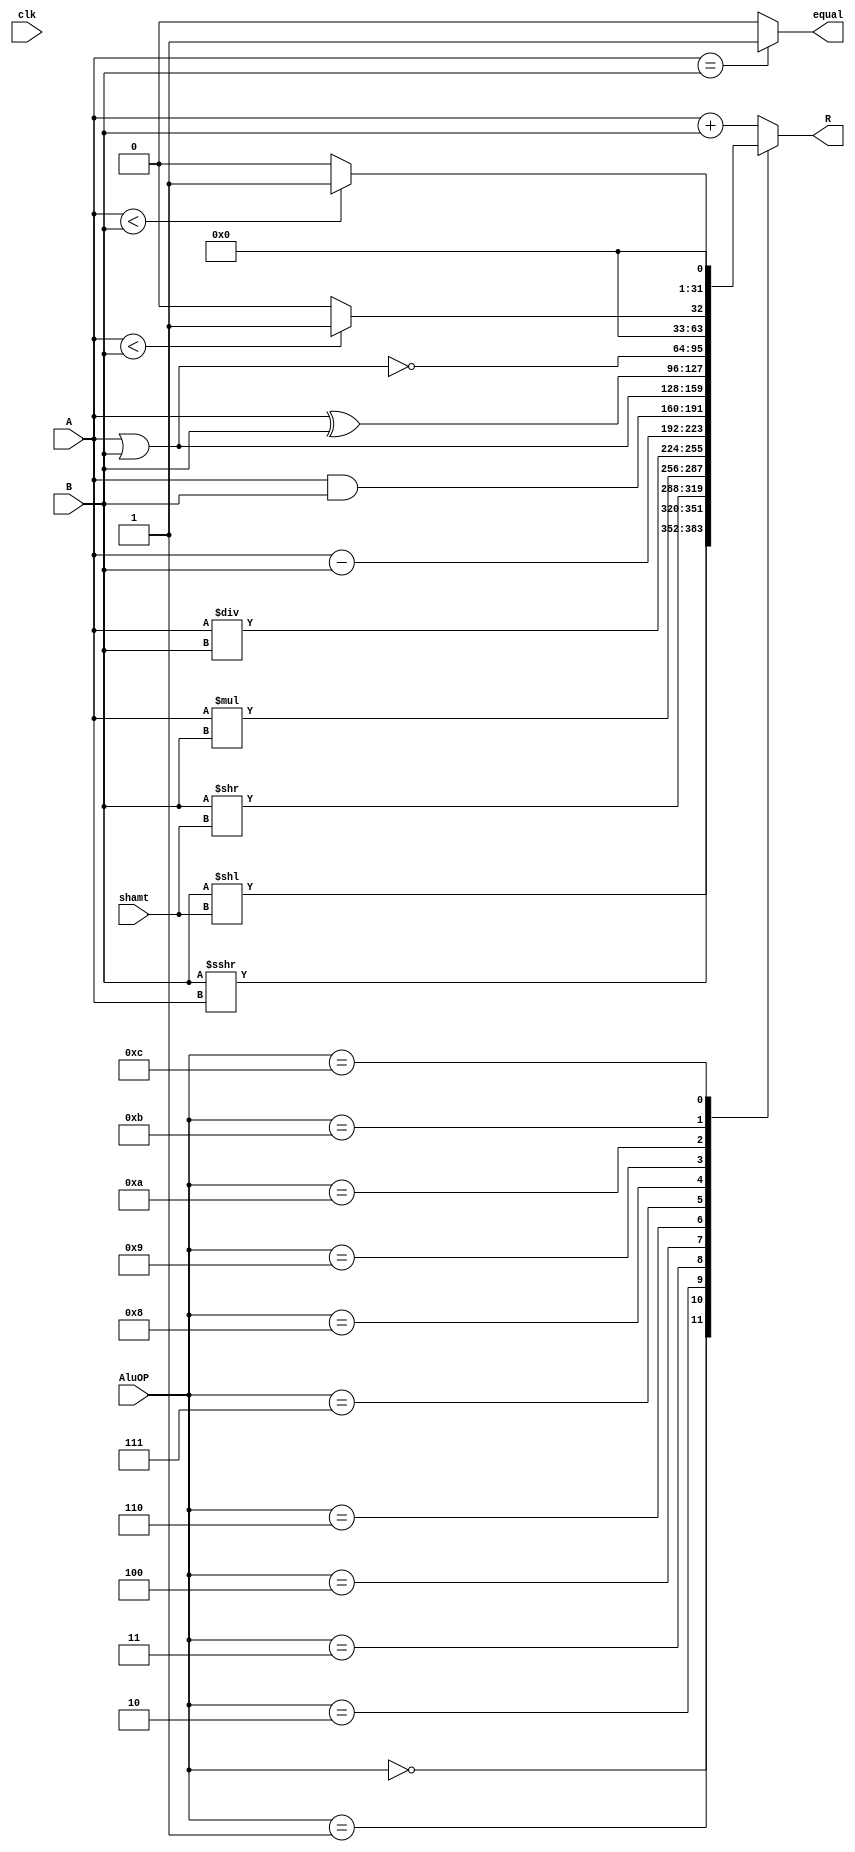
`timescale 1ns / 1ps
//////////////////////////////////////////////////////////////////////////////////
// Company: 
// Engineer: 
// 
// Design Name: 
// Module Name: ALU
// Project Name: 
// Target Devices: 
// Tool Versions: 
// Description: 
// 
// Dependencies: 
// 
// Revision:
// Revision 0.01 -&File Created
// Additional Comments:
// 
//////////////////////////////////////////////////////////////////////////////////


module ALU(
   input  [3:0]AluOP,
   input [31:0]A,
   input [31:0]B,
   input [4:0]shamt,
   input clk,
 // output wire equal,
  //output wire [31:0]R
  output  equal,
  output reg [31:0]R
    );
        initial begin
    R=0;
    end
    /*
    x=a,y=b;
    0000	0	Result = X << Y    Y  Result2=0
    0001	1	Result = X >>>Y   Y  Result2=0
    0010	2	Result = X >> Y    Y  Result2=0
    0011	3	Result = (X * Y)[31:0];  Result2 = (X * Y)[63:32] 
    0100	4	Result = X/Y;   Result2 = X%Y  
    0101	5	Result = X + Y    (Set&OF/UOF)
    0110	6	Result = X - Y    (Set&OF/UOF)
    0111	7	Result = X & Y   
    1000	8	Result = X | Y    
    1001	9	Result = X?Y    
    1010	10	Result =&~(X |Y)  
    1011	11	Result = (X < Y) ? 1 : 0 
    1100	12	Result = (X < Y) ? 1 : 0 
    */
    wire signed[31:0]a;
    wire signed[31:0]b;
    assign equal=(A==B)?1:0;
    
    /*
        assign R = (AluOP==4'b0000)?A<<B:0;
    assign R = (AluOP==4'b0001)?A>>>B:0;
    assign R = (AluOP==4'b0010)?A>>B:0;
    assign R = (AluOP==4'b0011)?A*B:0;
    assign R = (AluOP==4'b0100)?A/B:0;
    assign R = (AluOP==4'b0101)?(A+B):0;
    assign R = (AluOP==4'b0110)?A-B:0;
    assign R = (AluOP==4'b0111)?A&B:0;
    assign R = (AluOP==4'b1000)?A|B:0;
    assign R = (AluOP==4'b1001)?A^B:0;
    assign R = (AluOP==4'b1010)?~(A|B):0;
    assign R = (AluOP==4'b1011)?((a<b)?1:0):0;
    assign R = (AluOP==4'b1100)?((A<B)?1:0):0;
    */
   // assign R = (AluOP==4'b0000)?A<<B:(AluOP==4'b0001)?A>>>B:(AluOP==4'b0010)?A>>B:(AluOP==4'b0011)?A*B:(AluOP==4'b0100)?A/B:(AluOP==4'b0101)?(A+B):(AluOP==4'b0110)?A-B:(AluOP==4'b0111)?A&B:(AluOP==4'b1000)?A|B:(AluOP==4'b1001)?A^B:(AluOP==4'b1010)?~(A|B):(AluOP==4'b1011)?((a<b)?1:0):(AluOP==4'b1100)?((A<B)?1:0):0;
    
    always @(A or B or AluOP or shamt) begin
    case(AluOP)
        4'b0000: R=B<<shamt;//
        4'b0001: R=$signed(B)>>>A;// 
        4'b0010: R=B>>shamt;//
        4'b0011: R = A*B;//
        4'b0100: R=A/B;//
        4'b0101: R=A+B;//X + Y
        4'b0110: R=A-B;//X - Y
        4'b0111: R=A&B;//X & Y 
        4'b1000: R=A|B;//
        4'b1001: R=A^B;//
        4'b1010: R=~(A|B);//
        4'b1011: R=($signed(A)<$signed(B))?1:0;//
        4'b1100: R=(A<B)?1:0;//
        default: begin
                  R = A+B;
                  end
    endcase
    end
endmodule